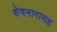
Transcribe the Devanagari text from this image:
शेषनागासह